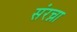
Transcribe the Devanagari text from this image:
संरच्ना